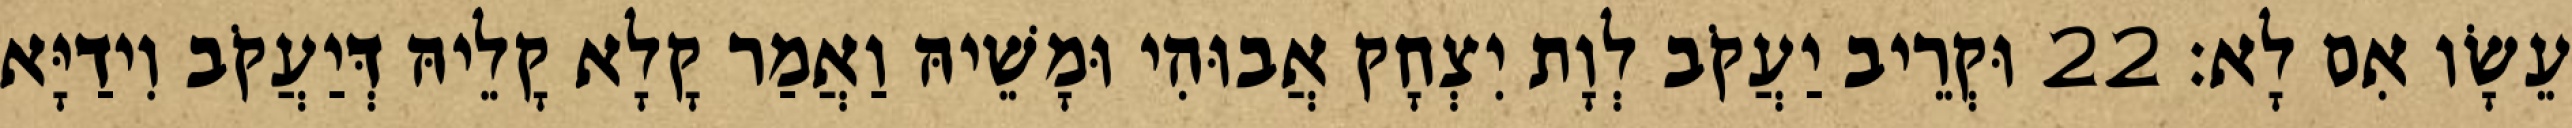
עֵשָׂו אִם לָא׃ 22 וּקְרֵיב יַעֲקֹב לְוָת יִצְחָק אֲבוּהִי וּמָשֵׁיהּ וַאֲמַר קָלָא קָלֵיהּ דְּיַעֲקֹב וִידַיָּא